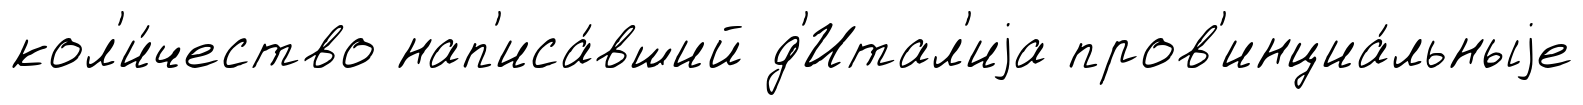
кол'и́чество нап'иса́вший д'Итал'иjа пров'инциа́льныjе